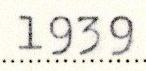
1939